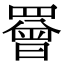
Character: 罾